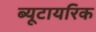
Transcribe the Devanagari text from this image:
ब्यूटायरिक